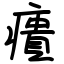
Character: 㿉